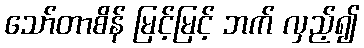
သော်တာစိန် မြင့်မြင့် ဘက် လှည့်၍